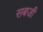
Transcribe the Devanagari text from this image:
सबजी